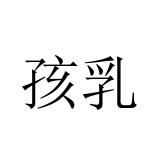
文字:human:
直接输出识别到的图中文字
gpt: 孩乳